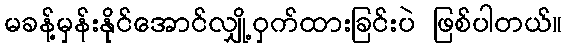
မခန့်မှန်းနိုင်အောင်လျှို့ဝှက်ထားခြင်းပဲ ဖြစ်ပါတယ်။